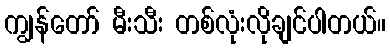
ကျွန်တော် မီးသီး တစ်လုံးလိုချင်ပါတယ်။